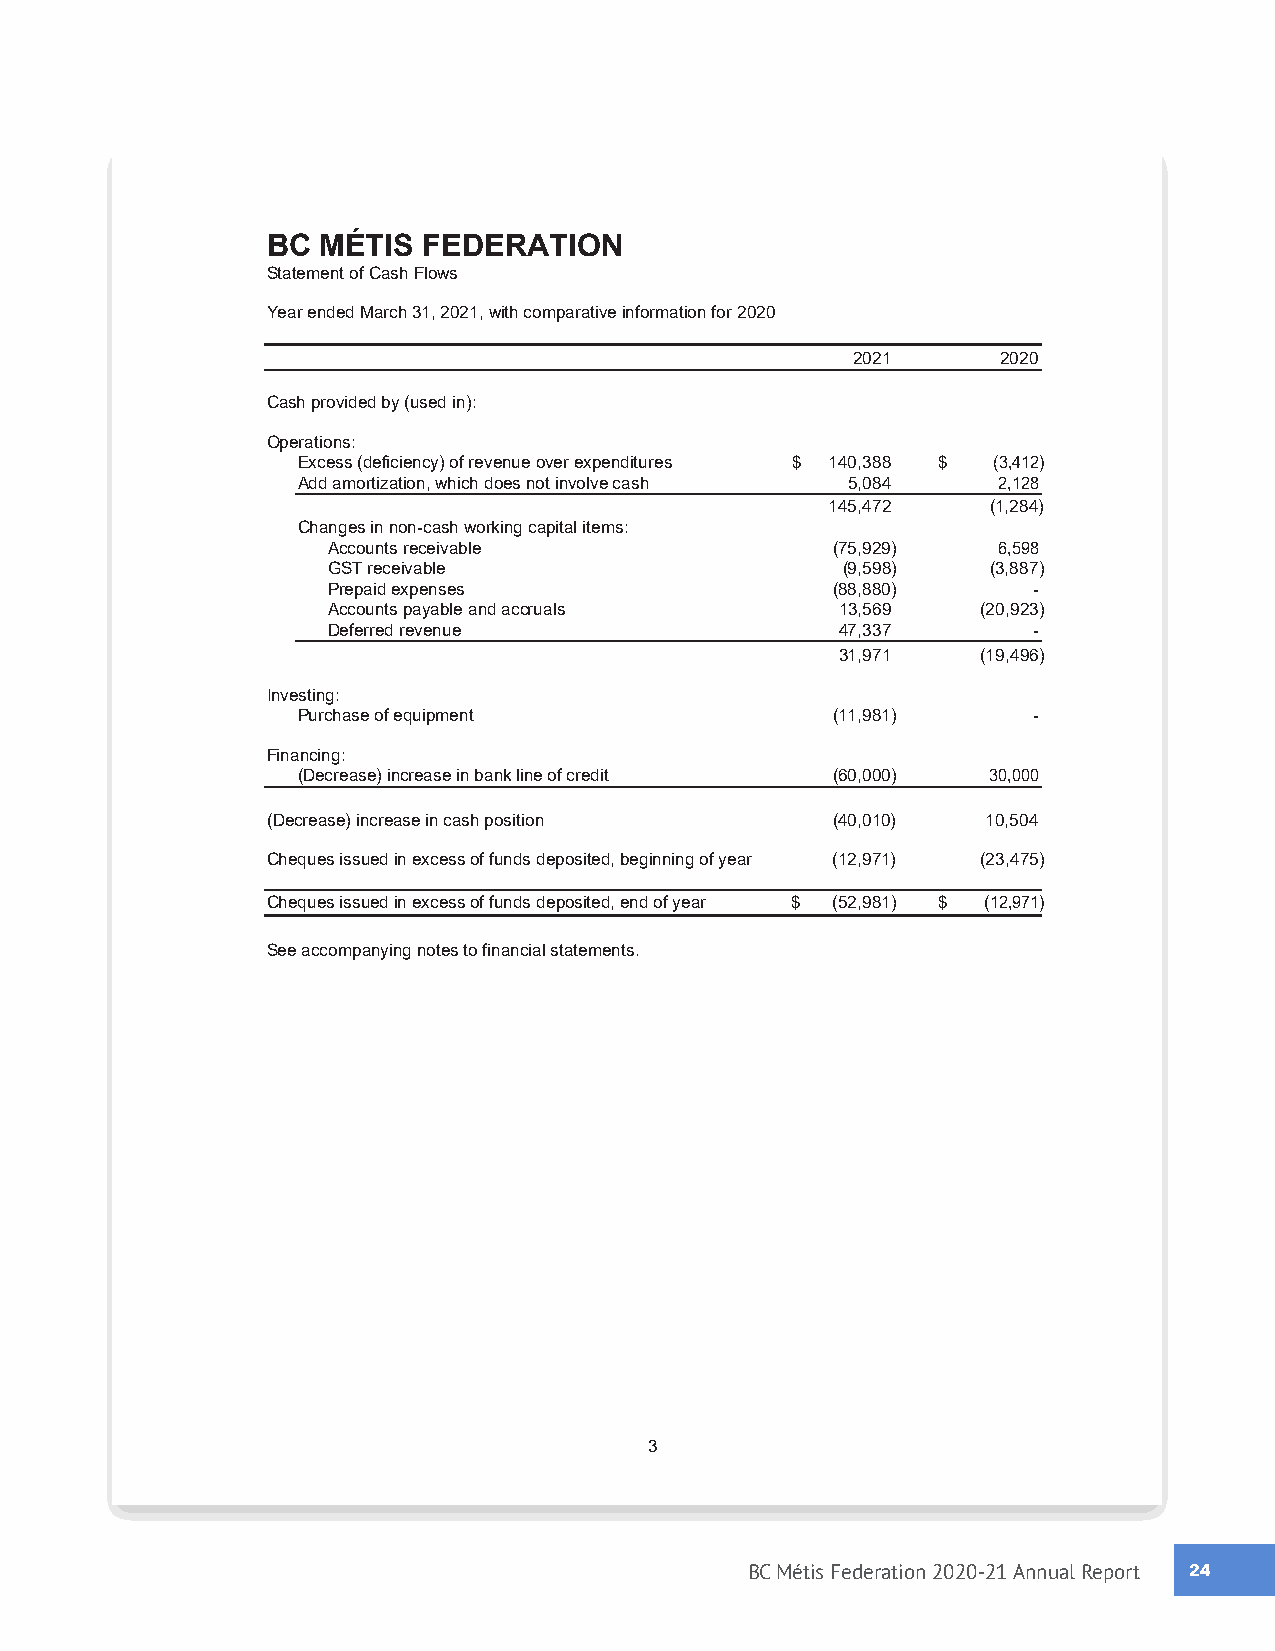
BC MÉTIS  FEDERATION
 Statement of Cash Flows
 Year ended March 31, 2021, with comparative information for 2020
 2021      2020
 Cash provided by (used in):
 Operations:
 Excess (deficiency) of revenue over expenditures $ 140,388 $ (3,412)
 Add amortization, which does not involve cash 5,084 2,128
 145,472    (1,284)
 Changes in non-cash working capital items:
 Accounts receivable              (75,929)   6,598
 GST receivable                    (9,598)   (3,887)
 Prepaid expenses                 (88,880)     -
 Accounts payable and accruals     13,569   (20,923)
 Deferred revenue                  47,337      -
 31,971   (19,496)
 Investing:
 Purchase of equipment              (11,981)     -
 Financing:
 (Decrease) increase in bank line of credit (60,000) 30,000
 (Decrease) increase in cash position (40,010)  10,504
 Cheques issued in excess of funds deposited, beginning of year (12,971) (23,475)
 Cheques issued in excess of funds deposited, end of year $ (52,981) $ (12,971)
 See accompanying notes to financial statements.
 3
 BC Métis Federation 2020-21 Annual Report 2244